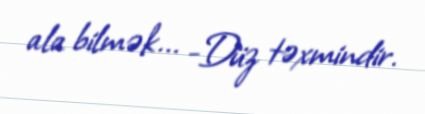
ala bilmək... -Düz təxmindir.